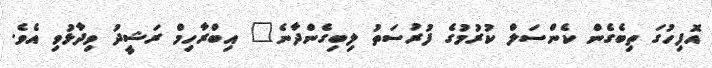
އޮފިހުގަ ތިބެގެން ކެންސަލް ކުރުމުގެ ފުރުސަތު ލިބިގެންދާނެ" އިބްރާހިމް ރަޝީދު ވިދާޅުވި އެވެ.